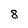
Character: 8